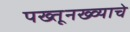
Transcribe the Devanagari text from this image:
पख्तूनख्व्याचे